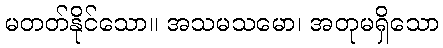
မတတ်နိုင်သော။ အသမသမော၊ အတုမရှိသော